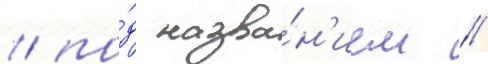
/ по́д назва́н'ием //